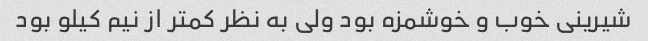
شیرینی خوب و خوشمزه بود ولی به نظر کمتر از نیم کیلو بود